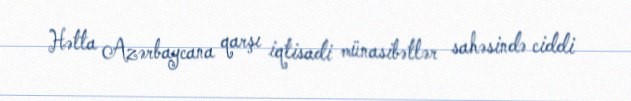
Hətta Azərbaycana qarşı iqtisadi münasibətlər sahəsində ciddi